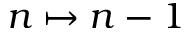
n \mapsto n - 1